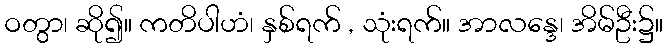
ဝတွာ၊ ဆို၍။ ကတိပါဟံ၊ နှစ်ရက် , သုံးရက်။ အာလန္ဒေ၊ အိမ်ဦး၌။